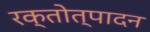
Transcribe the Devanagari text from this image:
रक्तोत्पादन